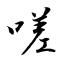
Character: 嗟